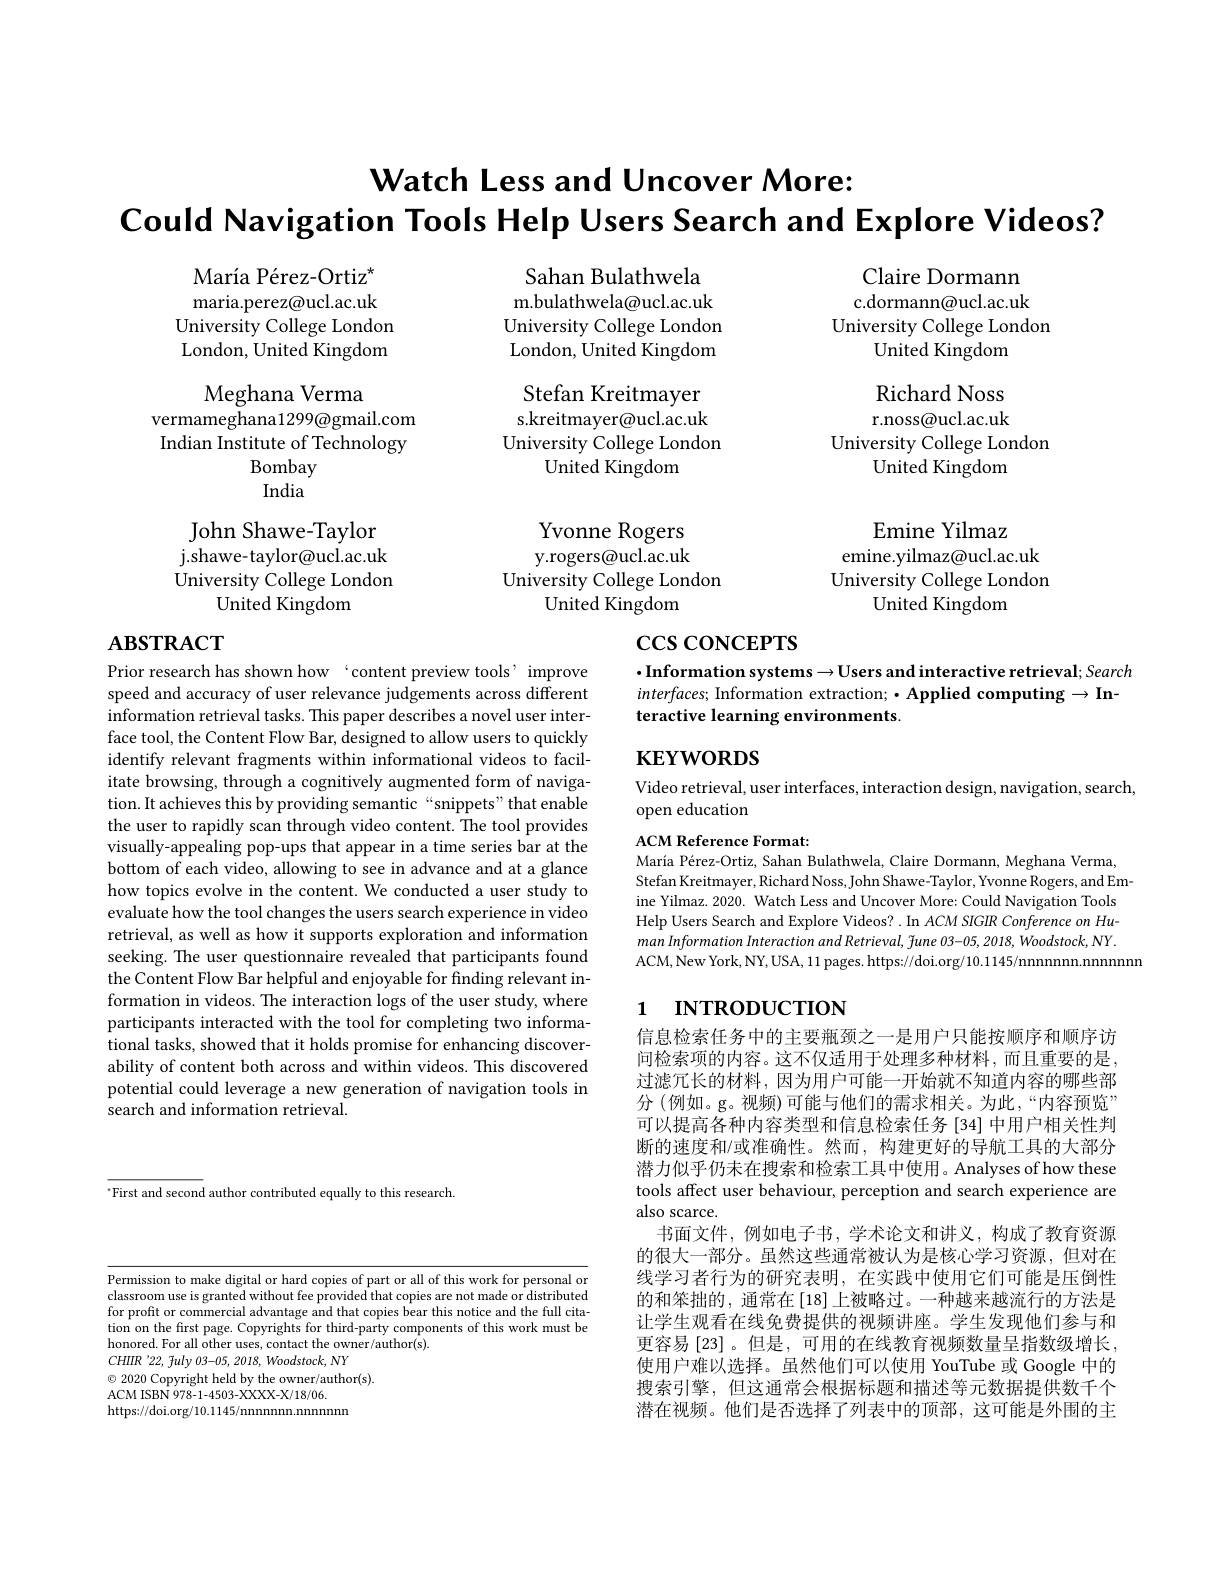
$\textbf{Watch Less and Uncover More: }$
$\textbf{Could Navigation Tools Help Users Search and Explore Videos? }$

Claire Dormann

c.dormann@ucl.ac.uk

$\mathrm{Mar\'{ı}aP\'{e}rez-Ortiz}^{\star}$ maria.perez@ucl.ac.uk University College London London, United Kingdom
Meghana Verma

University College London

United Kingdom

Sahan Bulathwela m.bulathwela@ucl.ac.uk University College London London, United Kingdom Stefan Kreitmayer s.kreitmayer@ucl.ac.uk University College London
United Kingdom Yvonne Rogers y.rogers@ucl.ac.uk
University College London
United Kingdom

Richard Noss r.noss@ucl.ac.uk
University College London
United Kingdom

vermameghana1299@gmail.com Indian Institute of Technology
Bombay India

John Shawe-Taylor

j. shawe- taylor@ ucl. ac. uk

Emine Yilmaz
emine.yilmaz@ucl.ac.uk University College London
United Kingdom

University College London

United Kingdom

# $\csc\cos$coNCEPTS

# $\mathbf{ABSTRACT}$

$\cdot$Information systems$\to$Users and interactive retrieval; Search $interfaces;$ Information extraction; ·Applied computing $\to$Interactive learning environments.

$\mathbf{KEYWORDS}$

Video retrieval, user interfaces, interaction design, navigation, search,
open education

Prior research has shown how‘content preview tools’improve speed and accuracy of user relevance judgements across different information retrieval tasks. This paper describes a novel user interface tool, the Content Flow Bar, designed to allow users to quickly identify relevant fragments within informational videos to facilitate browsing, through a cognitively augmented form of navigation. It achieves this by providing semantic“snippets”that enable the user to rapidly scan through video content. The tool provides visually-appealing pop-ups that appear in a time series bar at the bottom of each video, allowing to see in advance and at a glance how topics evolve in the content. We conducted a user study to evaluate how the tool changes the users search experience in video retrieval, as well as how it supports exploration and information seeking. The user questionnaire revealed that participants found the Content Flow Bar helpful and enjoyable for finding relevant information in videos. The interaction logs of the user study, where participants interacted with the tool for completing two informational tasks, showed that it holds promise for enhancing discoverability of content both across and within videos. This discovered potential could leverage a new generation of navigation tools in search and information retrieval.

ACM Reference Format:
María Pérez-Ortiz, Sahan Bulathwela, Claire Dormann, Meghana Verma, Stefan Kreitmayer, Richard Noss, John Shawe- Taylor, Yvonne Rogers, and Emine Yilmaz. 2020. Watch Less and Uncover More: Could Navigation Tools Help Users Search and Explore Videos? . In ACM SIGIR Conference on Hu- $manInformationInteractionandRetrieval,\tilde{f}une03-05,2018,\dot{W}oodstock,NY.$ ACM,New York, NY, USA, 11 pages. https://doi.org/10.1145/nnnnnnn. nnnnnn

# 1 INTRODUCTION

$^{*}$First and second author contributed equally to this research.

信息检索任务中的主要瓶颈之一是用户只能按顺序和顺序访问检索项的内容。这不仅适用于处理多种材料，而且重要的是过滤冗长的材料，因为用户可能一开始就不知道内容的哪些部分 (例如。g。视频)可能与他们的需求相关。为此，“内容预览” 可以提高各种内容类型和信息检索任务 [34] 中用户相关性判断的速度和/或准确性。然而，构建更好的导航工具的大部分潜力似乎仍未在搜索和检索工具中使用。Analyses of how these tools affect user behaviour, perception and search experience are also scarce.
书面文件，例如电子书，学术论文和讲义，构成了教育资源的很大一部分。虽然这些通常被认为是核心学习资源，但对在线学习者行为的研究表明，在实践中使用它们可能是压倒性的和笨拙的，通常在[18]上被略过。一种越来越流行的方法是让学生观看在线免费提供的视频讲座。学生发现他们参与和更容易 [23]。但是，可用的在线教育视频数量呈指数级增长， 使用户难以选择。虽然他们可以使用 YouTube 或 Google 中的搜索引擎，但这通常会根据标题和描述等元数据提供数千个潜在视频。他们是否选择了列表中的顶部，这可能是外围的主

Permission to make digital or hard copies of part or all of this work for personal or classroom use is granted without fee provided that copies are not made or distributed for profit or commercial advantage and that copies bear this notice and the full citation on the first page. Copyrights for third-party components of this work must be honored. For all other uses, contact the owner/author(s)
$CHIIR$ '22, fuly 03-05, 2018, Woodstock, NY
$\odot$ 2020 Copyright held by the owner/author(s).
ACM ISBN 978- 1- 4503- XXXX- X/ 18/ 06.
https://doi.org/10.1145/nnnnnnn.nnnnn